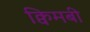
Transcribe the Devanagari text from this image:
क्विमबी